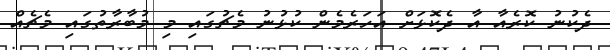
ދެކުނު ކޮރެއާ އާ ދެކޮޅަށް އަހަރެމެން ކުޅުނު މެޗުގައި މި މުބާރާތުގައި މެޗެއް